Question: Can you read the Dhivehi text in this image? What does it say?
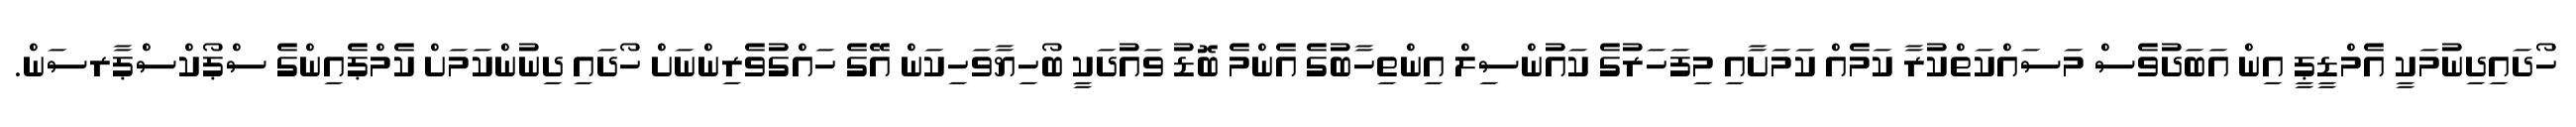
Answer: ހޯދައިދިނުމަކީ އެމްޑީޕީ އިން އަބަދުވެސް މަސައްކަތްކުރާ ކަމެއް ކަމަށާއި މިފަހަރުގެ ކައުންސިލް އިންތިހާބުގެ އެންމެ ބޮޑު ވައުދަކީ ބޯހިޔާވަހިކަން އޭގެ ހައްގުވެރިންނަށް ހޯދައި ދިނުންކަމަށް ކެމްޕެއިންގެ ސްޕޯކްސްޕާރސަން.